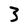
Character: 3